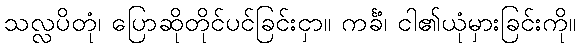
သလ္လပိတုံ၊ ပြောဆိုတိုင်ပင်ခြင်းငှာ။ ကင်္ခံ၊ ငါ၏ယုံမှားခြင်းကို။